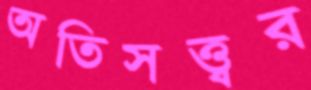
অতিসত্ত্বর